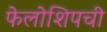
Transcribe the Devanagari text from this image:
फेलोशिपची